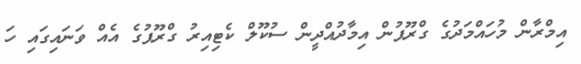
އިމްރާން މުހައްމަދުގެ ގްރޫޕުން އިމާދުއްދީން ސުކޫލް ކެޓިއިރު ގްރޫޕުގެ އެއް ވަނައިގައި ހަ